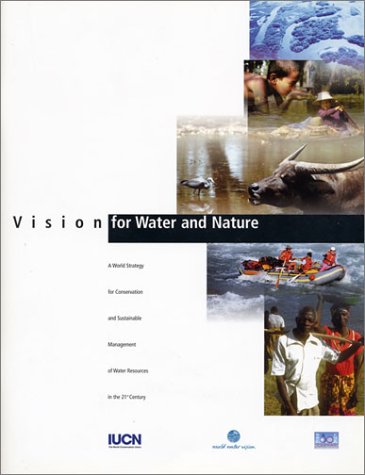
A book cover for Vision for Water and Nature; IUCN Canada; Sports & Outdoors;